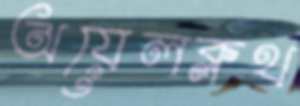
অয়েলক্লথ